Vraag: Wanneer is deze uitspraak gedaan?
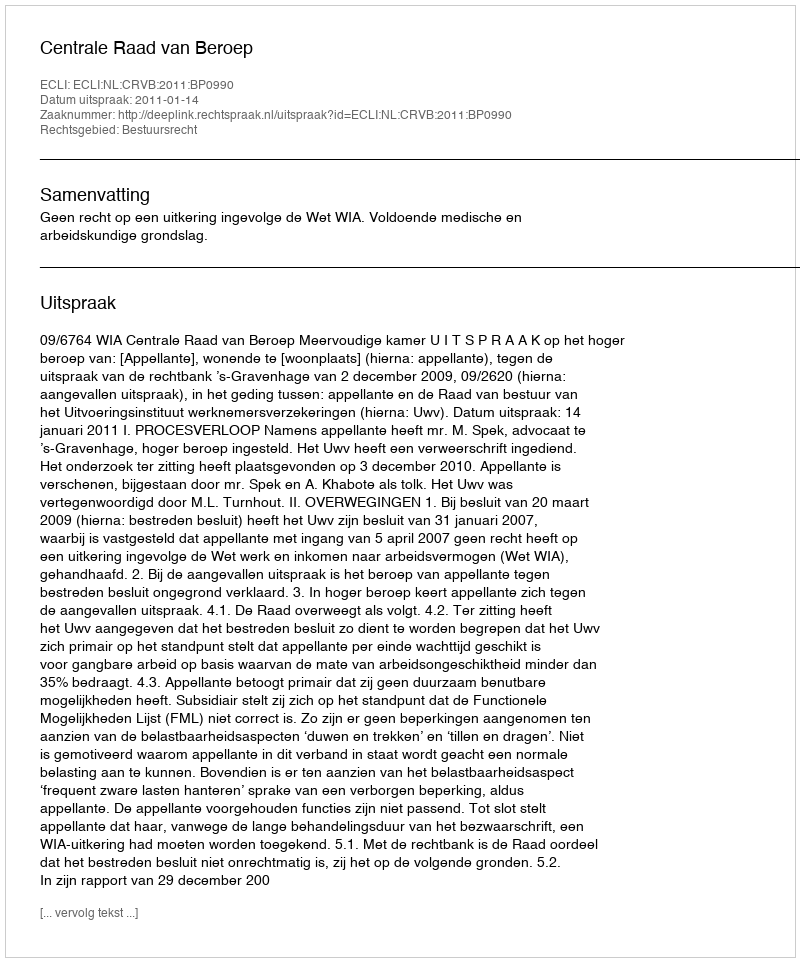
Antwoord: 2011-01-14